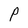
Character: P